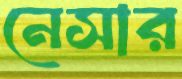
নেসার